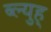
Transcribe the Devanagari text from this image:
ब्ल्युह्